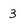
Character: 3